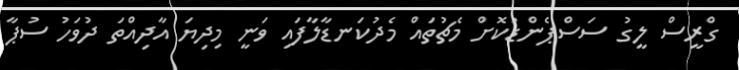
ގްރީސް ލީގު ސަސްޕެންޑުކޮށް މެޗުތައް މެދުކަނޑާލާފައި ވަނީ މިދިޔަ އާދިއްތަ ދުވަހު ސުޕާ